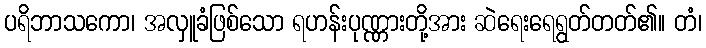
ပရိဘာသကော၊ အလှူခံဖြစ်သော ရဟန်းပုဏ္ဏားတို့အား ဆဲရေးရေရွတ်တတ်၏။ တံ၊